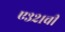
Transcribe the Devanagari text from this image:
ए३२१ची